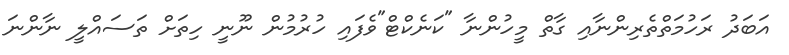
އަބަދު ރަހުމަތްތެރިންނާއި ގާތް މީހުންނާ "ކަނެކްޓް"ވެފައި ހުރުމުން ނޫނީ ހިތަށް ތަސައްލީ ނާންނަ